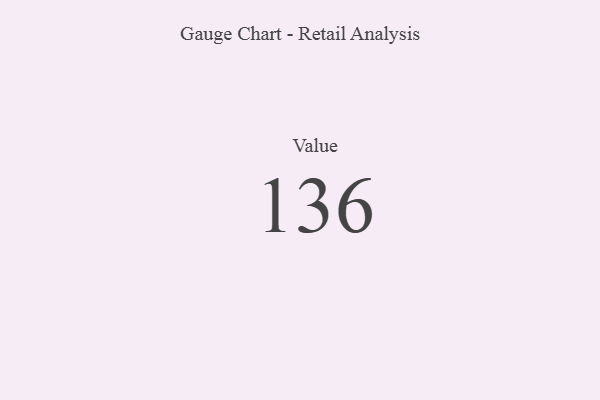
{"axis": {"x": "Metric", "y": "Value"}, "legend": [""], "data": [{"x": "Value", "y": 136, "type": ""}]}